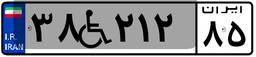
۵۵W۲۶۶۰۹